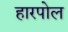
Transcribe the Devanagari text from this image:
हारपोल